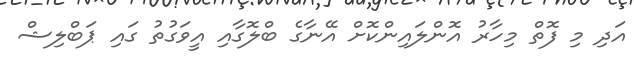
އަދި މި ފޮތް މިހާރު އޮންލައިންކޮށް އޭނާގެ ބްލޮގާއި އީވަގުތު ގައި ޕަބްލިޝް